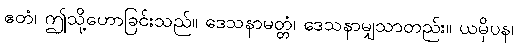
ဧတံ၊ ဤသို့ဟောခြင်းသည်။ ဒေသနာမတ္တံ၊ ဒေသနာမျှသာတည်း။ ယမှိပန၊